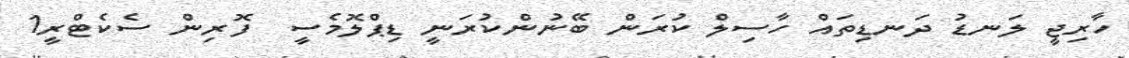
ހާރިޖީ ލަނޑު ދަނޑިތައް ހާސިލް ކުރަން ބޭނުންކުރަނީ ޑިޕްލޮމެސީ  ފޮރިން ސެކެޓްރީ1